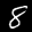
Label: 8